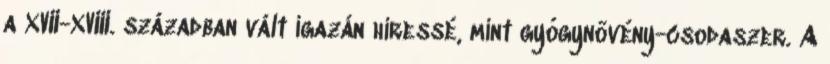
a XVII-XVIII. században vált igazán híressé, mint gyógynövény-csodaszer. A